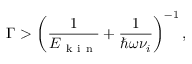
\Gamma > \left( \frac { 1 } { E _ { \mathrm { ~ k ~ i ~ n ~ } } } + \frac { 1 } { \hbar \omega \nu _ { i } } \right) ^ { - 1 } ,